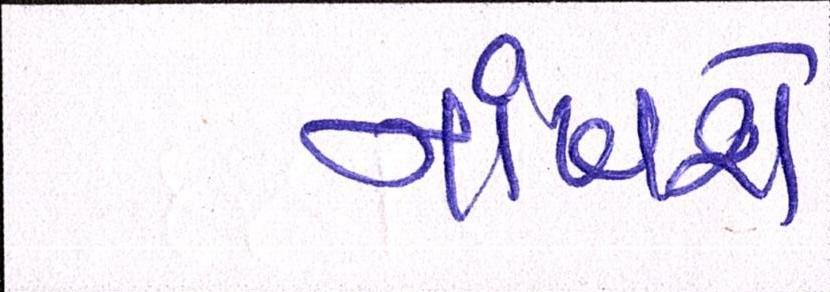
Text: નાંખશે